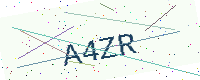
Text: A4ZR